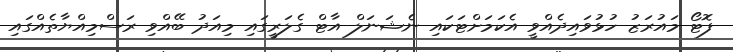
ފޮޓޯ މައުރަޒު ހުޅުވައިދެއްވީ އެކަމަށްޓަކައި ނެޝަނަލް އާޓް ގެލަރީގައި މިއަދު ބޭއްވި ރަސްމިއްޔާތެއްގައި